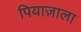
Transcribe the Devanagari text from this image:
पियाज़ाला